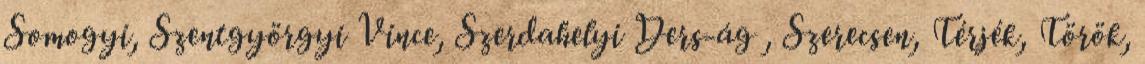
Somogyi, Szentgyörgyi Vince, Szerdahelyi Ders-ág , Szerecsen, Térjék, Török,